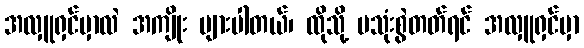
အလှူရှင်မှာလဲ အကျိုး များပါတယ်၊ ထိုသို့ မသုံးစွဲတတ်ရင် အလှူရှင်မှာ